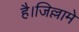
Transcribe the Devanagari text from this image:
है।जिल्लामे